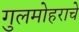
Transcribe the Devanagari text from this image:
गुलमोहराचे